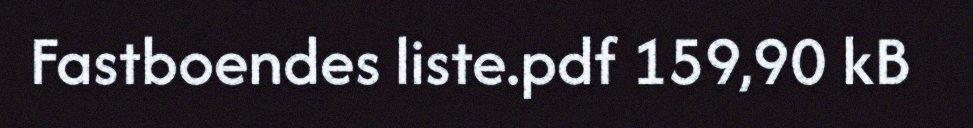
Fastboendes liste.pdf 159,90 kB